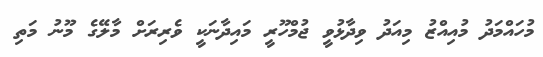
މުހައްމަދު މުއިއްޒު މިއަދު ވިދާޅުވީ ޖުމްހޫރީ މައިދާނަކީ ވެރިރަށް މާލޭގެ މޫނު މަތި